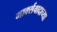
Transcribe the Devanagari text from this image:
मार्क्सवादाच्या